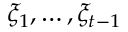
\xi _ { 1 } , \dots , \xi _ { t - 1 }